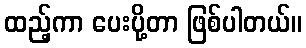
ထည့်ကာ ပေးပို့တာ ဖြစ်ပါတယ်။